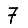
Digit: 7